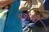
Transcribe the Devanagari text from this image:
चुङोली